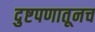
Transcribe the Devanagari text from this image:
दुष्टपणातूनच